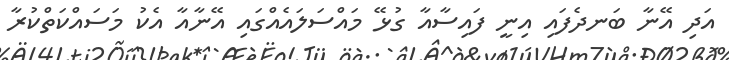
އަދި އޭނާ ބަނދެފައި އިނީ ފައިސާއާ ގުޅޭ މައްސަލައެއްގައި އޭނާއާ އެކު މަސައްކަތްކުރާ